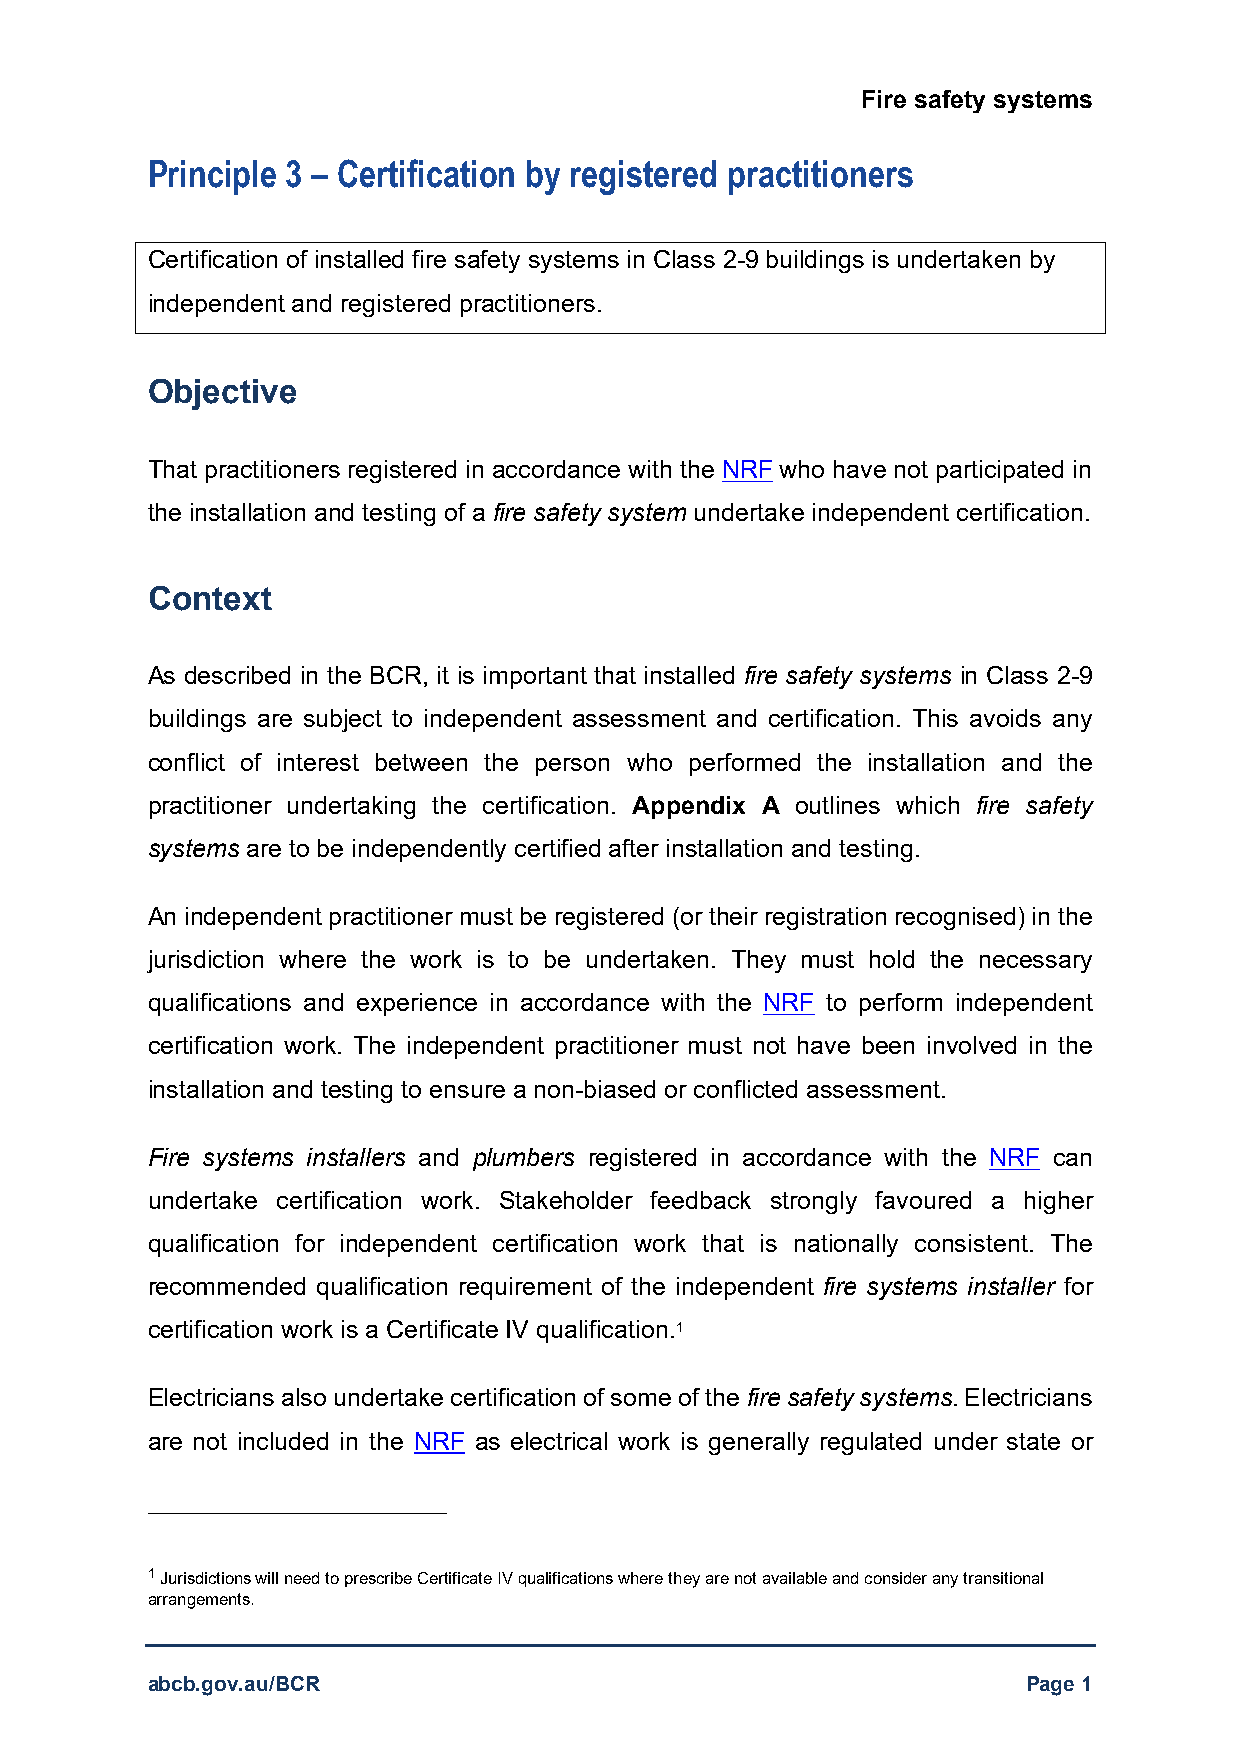
Fire safety systems
 Principle 3 – Certification by registered practitioners
 Certification of installed fire safety systems in Class 2-9 buildings is undertaken by
 independent and registered practitioners.
 Objective
 That practitioners registered in accordance with the NRF who have not participated in
 the installation and testing of a fire safety system undertake independent certification.
 Context
 As described in the BCR, it is important that installed fire safety systems in Class 2-9
 buildings are subject to independent assessment and certification. This avoids any
 conflict of interest between the person who performed the installation and the
 practitioner undertaking the certification. Appendix A outlines which fire safety
 systems are to be independently certified after installation and testing.
 An independent practitioner must be registered (or their registration recognised) in the
 jurisdiction where the work is to be undertaken. They must hold the necessary
 qualifications and experience in accordance with the NRF to perform independent
 certification work. The independent practitioner must not have been involved in the
 installation and testing to ensure a non-biased or conflicted assessment.
 Fire systems installers and plumbers registered in accordance with the NRF can
 undertake certification work. Stakeholder feedback strongly favoured a higher
 qualification for independent certification work that is nationally consistent. The
 recommended qualification requirement of the independent fire systems installer for
 certification work is a Certificate IV qualification.1
 Electricians also undertake certification of some of the fire safety systems. Electricians
 are not included in the NRF as electrical work is generally regulated under state or
 1 Jurisdictions will need to prescribe Certificate IV qualifications where they are not available and consider any transitional
 arrangements.
 abcb.gov.au/BCR                                           Page 1